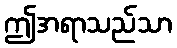
ဤအရာသည်သာ